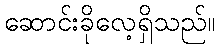
ဆောင်းခိုလေ့ရှိသည်။